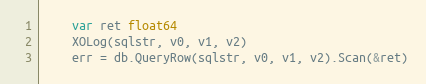
Language: Go
	var ret float64
	XOLog(sqlstr, v0, v1, v2)
	err = db.QueryRow(sqlstr, v0, v1, v2).Scan(&ret)